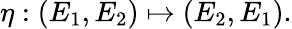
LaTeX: \eta:(E_{1},E_{2})\mapsto(E_{2},E_{1}).